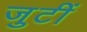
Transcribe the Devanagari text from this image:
जुटीं